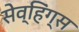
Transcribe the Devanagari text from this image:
सेव्हिंग्स